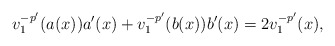
\begin{align*}v_1^{-p'}(a(x))a'(x)+v_1^{-p'}(b(x))b'(x)= 2v_1^{-p'}(x),\end{align*}